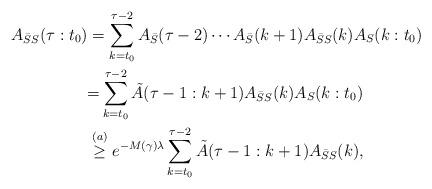
LaTeX: \begin{align*} A_{\bar S S}(\tau:t_0)&=\sum_{k=t_0}^{\tau-2}A_{\bar S}(\tau-2)\cdots A_{\bar S}(k+1)A_{\bar S S}(k)A_S(k:t_0)\cr &{=}\sum_{k=t_0}^{\tau-2}\tilde A(\tau-1:k+1)A_{\bar S S}(k)A_S(k:t_0)\cr &\stackrel{(a)}{\geq} e^{-M(\gamma)\lambda}\sum_{k=t_0}^{\tau-2}\tilde A(\tau-1:k+1) A_{\bar S S}(k),\end{align*}